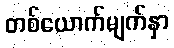
တစ်ယောက်မျက်နှာ